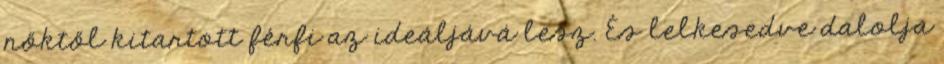
nőktől kitartott férfi az ideáljává lesz. És lelkesedve dalolja